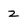
Character: 2